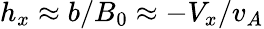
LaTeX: h_{x}\approx b/B_{0}\approx-V_{x}/v_{A}